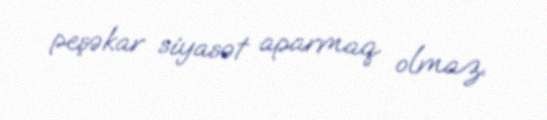
peşəkar siyasət aparmaq olmaz.